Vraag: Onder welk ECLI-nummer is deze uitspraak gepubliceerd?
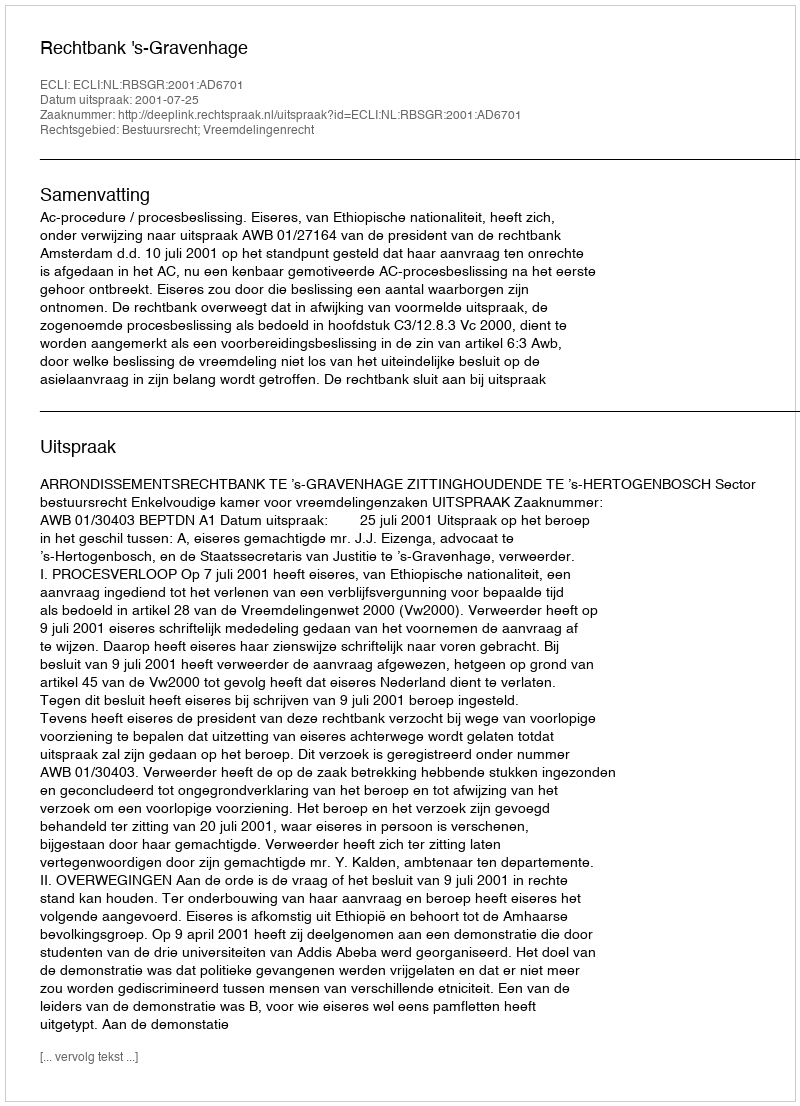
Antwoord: ECLI:NL:RBSGR:2001:AD6701